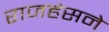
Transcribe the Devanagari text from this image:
राजहंसने